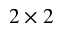
2 \times 2